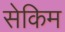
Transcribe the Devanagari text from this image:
सेकिम